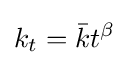
k_{t}={\bar {k}}t^{\beta }